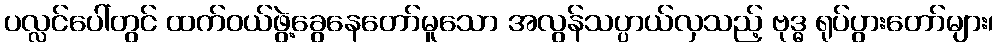
ပလ္လင်ပေါ်တွင် ထက်ဝယ်ဖွဲ့ခွေနေတော်မူသော အလွန်သပ္ပာယ်လှသည့် ဗုဒ္ဓ ရုပ်ပွားတော်များ၊